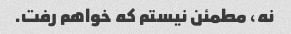
نه، مطمئن نیستم که خواهم رفت.